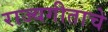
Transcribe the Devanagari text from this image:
राज्यगीताचे